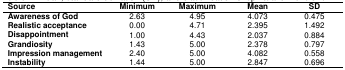
<table><thead><tr><td><b>Source</b></td><td><b>Minimum</b></td><td><b>Maximum</b></td><td><b>Mean</b></td><td><b>SD</b></td></tr></thead><tbody><tr><td><b>Awareness of God</b></td><td>2.63</td><td>4.95</td><td>4.073</td><td>0.475</td></tr><tr><td><b>Realistic acceptance</b></td><td>0.00</td><td>4.71</td><td>2.395</td><td>1.492</td></tr><tr><td><b>Disappointment</b></td><td>1.00</td><td>4.43</td><td>2.037</td><td>0.884</td></tr><tr><td><b>Grandiosity</b></td><td>1.43</td><td>5.00</td><td>2.378</td><td>0.797</td></tr><tr><td><b>Impression management</b></td><td>2.40</td><td>5.00</td><td>4.082</td><td>0.558</td></tr><tr><td><b>Instability</b></td><td>1.44</td><td>5.00</td><td>2.847</td><td>0.696</td></tr></tbody></table>